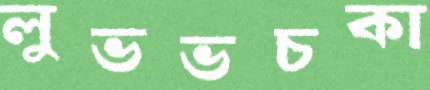
লুভভচকা